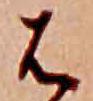
は